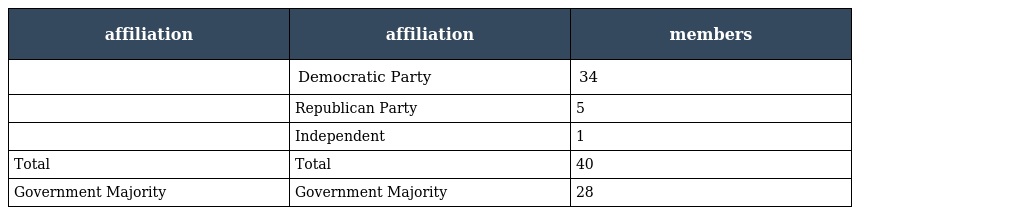
| affiliation | affiliation | members |
 | --- | --- | --- |
 |  | Democratic Party | 34 |
 |  | Republican Party | 5 |
 |  | Independent | 1 |
 | Total | Total | 40 |
 | Government Majority | Government Majority | 28 |